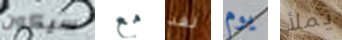
سيكون مع لقد يوم يملأ